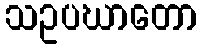
သဥပဃာတော